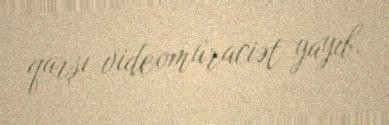
qarşı videomüraciət yayıb.